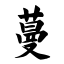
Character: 蔓